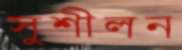
সুশীলন